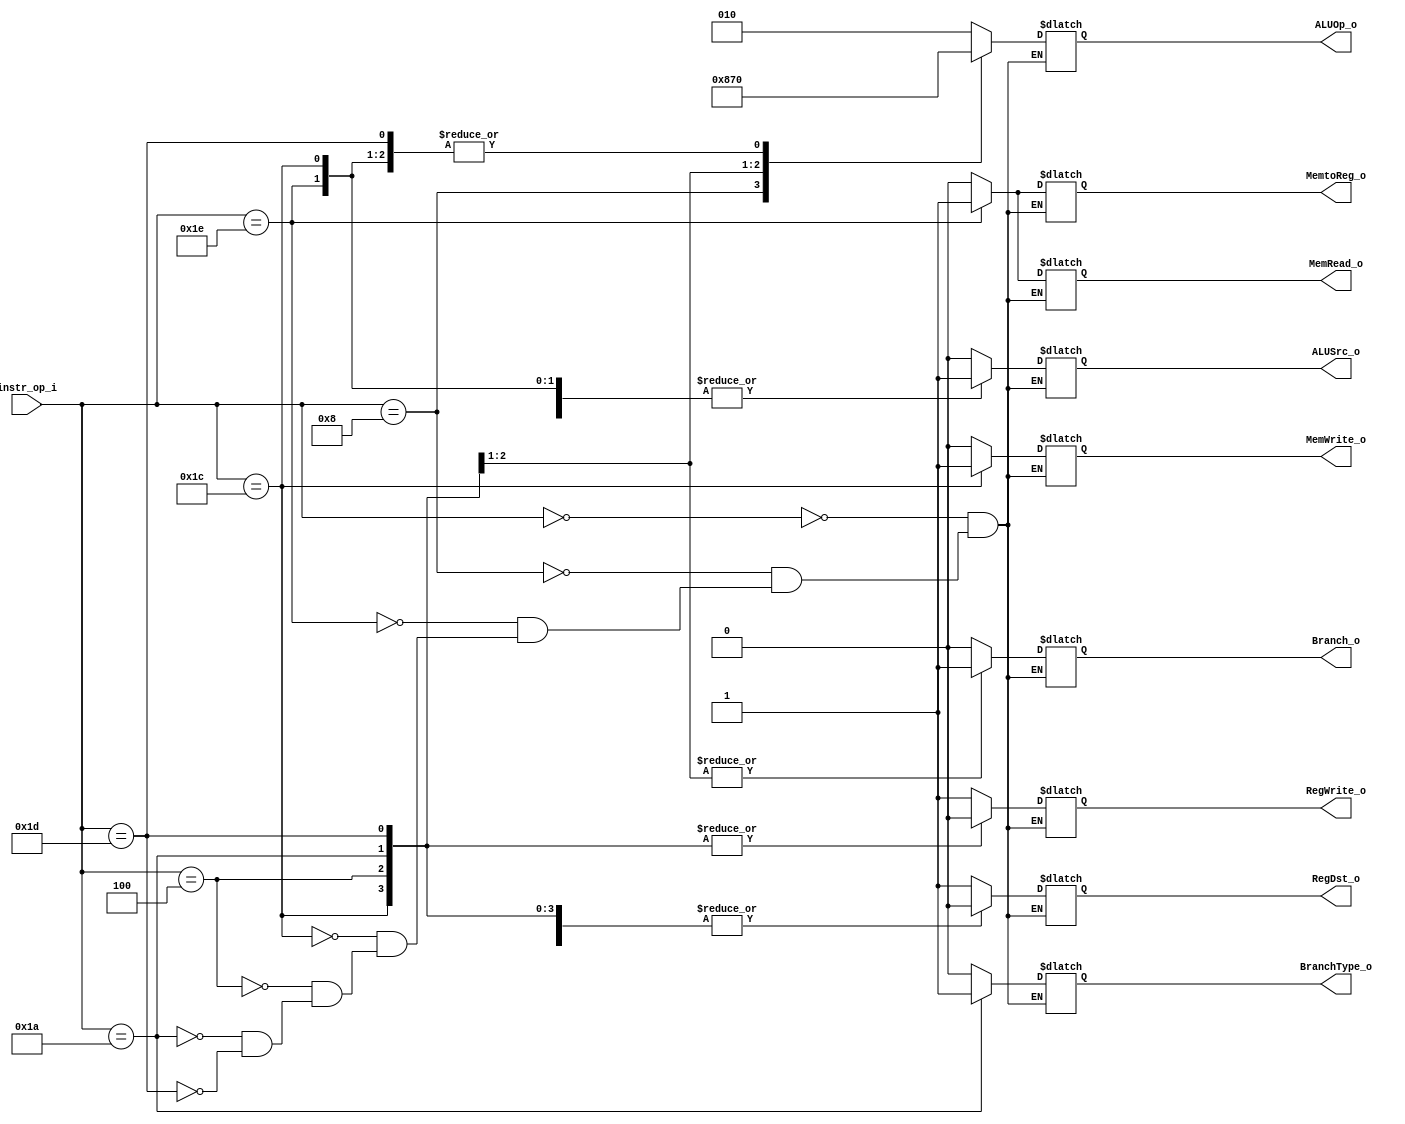
module Decoder( instr_op_i, RegWrite_o,	ALUOp_o, ALUSrc_o, RegDst_o, Branch_o, BranchType_o, MemWrite_o, MemRead_o, MemtoReg_o );
     
//I/O ports
input	[6-1:0] instr_op_i;

output			RegWrite_o;
output	[3-1:0] ALUOp_o;
output			ALUSrc_o;
output			RegDst_o;
output			 Branch_o, BranchType_o, MemWrite_o, MemRead_o, MemtoReg_o;
 
//Internal Signals
wire	[3-1:0] ALUOp_o;
wire			ALUSrc_o;
wire			RegWrite_o;
wire			RegDst_o;
wire			Branch_o, BranchType_o, MemWrite_o, MemRead_o, MemtoReg_o;

//Main function
/*your code here*/
reg [3-1:0] fALUOp_o;
reg fALUSrc_o;
reg fRegWrite_o;
reg fRegDst_o;	//fake output
reg fJump_o, fBranch_o, fBranchType_o, fMemWrite_o, fMemRead_o, fMemtoReg_o;
always@(instr_op_i) begin
	case(instr_op_i)
		6'b000000: begin fALUOp_o <= 2; fALUSrc_o <= 0; fRegWrite_o <= 1; fRegDst_o <= 1;
			 	 fJump_o <= 0; fBranch_o <= 0; fBranchType_o <= 0; fMemWrite_o <= 0; fMemRead_o <= 0; fMemtoReg_o <= 0; 
			   end	//R-type
		6'b001000: begin fALUOp_o <= 4; fALUSrc_o <= 1; fRegWrite_o <= 1; fRegDst_o <= 0; 
				 fJump_o <= 0; fBranch_o <= 0; fBranchType_o <= 0; fMemWrite_o <= 0; fMemRead_o <= 0; fMemtoReg_o <= 0;
			   end	//addi
		6'b011110: begin fALUOp_o <= 0; fALUSrc_o <= 1; fRegWrite_o <= 1; fRegDst_o <= 0;
			 	 fJump_o <= 0; fBranch_o <= 0; fBranchType_o <= 0; fMemWrite_o <= 0; fMemRead_o <= 1; fMemtoReg_o <= 1; 
			   end	//lw
		6'b011100: begin fALUOp_o <= 0; fALUSrc_o <= 1; fRegWrite_o <= 0; fRegDst_o <= 0;
			 	 fJump_o <= 0; fBranch_o <= 0; fBranchType_o <= 0; fMemWrite_o <= 1; fMemRead_o <= 0; fMemtoReg_o <= 0; 
			   end	//sw
		6'b000100: begin fALUOp_o <= 1; fALUSrc_o <= 0; fRegWrite_o <= 0; fRegDst_o <= 0;
			 	 fJump_o <= 0; fBranch_o <= 1; fBranchType_o <= 0; fMemWrite_o <= 0; fMemRead_o <= 0; fMemtoReg_o <= 0; 
			   end	//beq
		6'b011010: begin fALUOp_o <= 6; fALUSrc_o <= 0; fRegWrite_o <= 0; fRegDst_o <= 0;
			 	 fJump_o <= 0; fBranch_o <= 1; fBranchType_o <= 1; fMemWrite_o <= 0; fMemRead_o <= 0; fMemtoReg_o <= 0; 
			   end	//bne
		6'b011101: begin fALUOp_o <= 0; fALUSrc_o <= 0; fRegWrite_o <= 0; fRegDst_o <= 0;
			 	 fJump_o <= 1; fBranch_o <= 0; fBranchType_o <= 0; fMemWrite_o <= 0; fMemRead_o <= 0; fMemtoReg_o <= 0; 
			   end	//jump
	endcase
end
assign ALUOp_o = fALUOp_o;
assign ALUSrc_o = fALUSrc_o;
assign RegWrite_o = fRegWrite_o;
assign RegDst_o = fRegDst_o;
//assign Jump_o = fJump_o;
assign Branch_o = fBranch_o;
assign BranchType_o = fBranchType_o;
assign MemWrite_o = fMemWrite_o;
assign MemRead_o = fMemRead_o;
assign MemtoReg_o = fMemtoReg_o;
endmodule